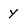
Character: y